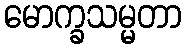
မောက္ခသမ္မတာ